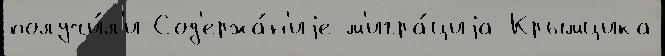
получи́л'и Сод'ержа́н'иjе м'игра́циjа Крымцика